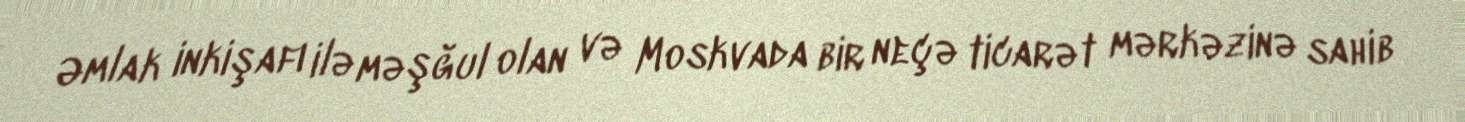
Əmlak inkişafı ilə məşğul olan və Moskvada bir neçə ticarət mərkəzinə sahib